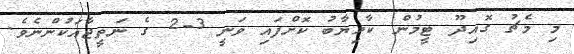
މި މެޗު ގޮއިދޫ ޓީމުން ކާމިޔާބު ކޮށްފައި ވަނީ 3-2 ގެ ނަތީޖާއަކުންނެވެ.